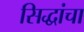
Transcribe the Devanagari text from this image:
सिद्धांचा